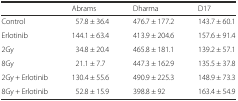
<table><thead><tr><td></td><td><b>Abrams</b></td><td><b>Dharma</b></td><td><b>D17</b></td></tr></thead><tbody><tr><td>Control</td><td>57.8 ± 36.4</td><td>476.7 ± 177.2</td><td>143.7 ± 60.1</td></tr><tr><td>Erlotinib</td><td>144.1 ± 63.4</td><td>413.9 ± 204.6</td><td>157.6 ± 91.4</td></tr><tr><td>2Gy</td><td>34.8 ± 20.4</td><td>465.8 ± 181.1</td><td>139.2 ± 57.1</td></tr><tr><td>8Gy</td><td>21.1 ± 7.7</td><td>447.3 ± 162.9</td><td>135.5 ± 37.8</td></tr><tr><td>2Gy + Erlotinib</td><td>130.4 ± 55.6</td><td>490.9 ± 225.3</td><td>148.9 ± 73.3</td></tr><tr><td>8Gy + Erlotinib</td><td>52.8 ± 15.9</td><td>398.8 ± 92</td><td>163.4 ± 54.9</td></tr></tbody></table>